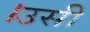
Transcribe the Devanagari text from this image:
।उसी